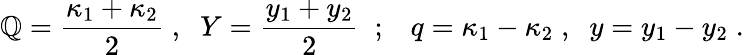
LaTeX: \mathbb{Q}={\frac{{\kappa_{1}+\kappa_{2}}}{{2}}}\; ,\; \; Y={\frac{{y_{1}+y_{2}}}{{2}}}\; \; ;\; \; \; q=\kappa_{1}-\kappa_{2}\; ,\; \; y=y_{1}-y_{2}\; .